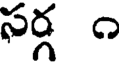
సర్గ ౧